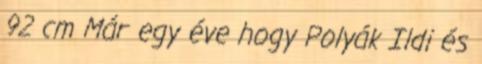
92 cm Már egy éve hogy Polyák Ildi és